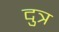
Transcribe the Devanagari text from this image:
दुत्र